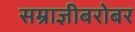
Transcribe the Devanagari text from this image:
सम्राज्ञीबरोबर